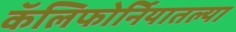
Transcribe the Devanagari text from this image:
कॅलिफोर्नियातल्या